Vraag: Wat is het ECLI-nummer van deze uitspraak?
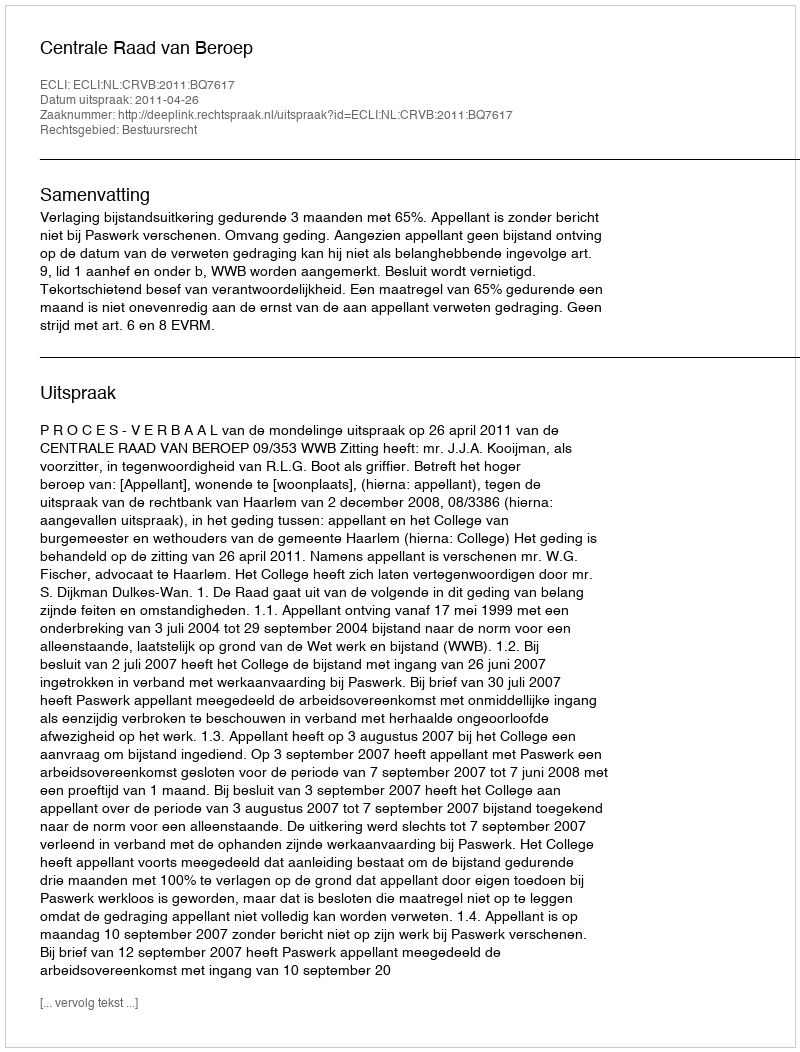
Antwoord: ECLI:NL:CRVB:2011:BQ7617